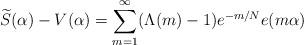
LaTeX: \begin{align*} \widetilde{S}(\alpha) - V(\alpha) = \sum_{m = 1}^{\infty} (\Lambda(m) - 1) e^{-m / N} e(m \alpha)\end{align*}